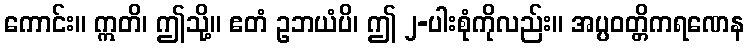
ကောင်း။ ဣတိ၊ ဤသို့။ ဧတံ ဥဘယံပိ၊ ဤ ၂-ပါးစုံကိုလည်း။ အပ္ပဝတ္တိကရဏေန